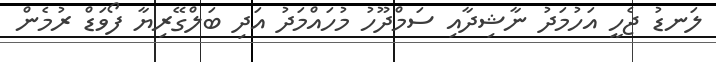
ލަނޑު ޖެހީ އަހުމަދު ނާޝިދާއި ސަމްދޫހު މުހައްމަދު އަދި ބަލްގޭރިޔާ ފޯވަޑް ރުމެން